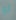
لو